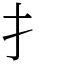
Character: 扌